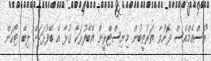
"އެސްއެމްއެސް ފޮނުވާ ތަރުތީބުން މިނިސްޓްރީން އެބޭފުޅަކާ ގުޅާ އެ ބޭފުޅަކަށް ލިބޭ ޓޯކަން